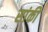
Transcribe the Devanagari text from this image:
सांकी